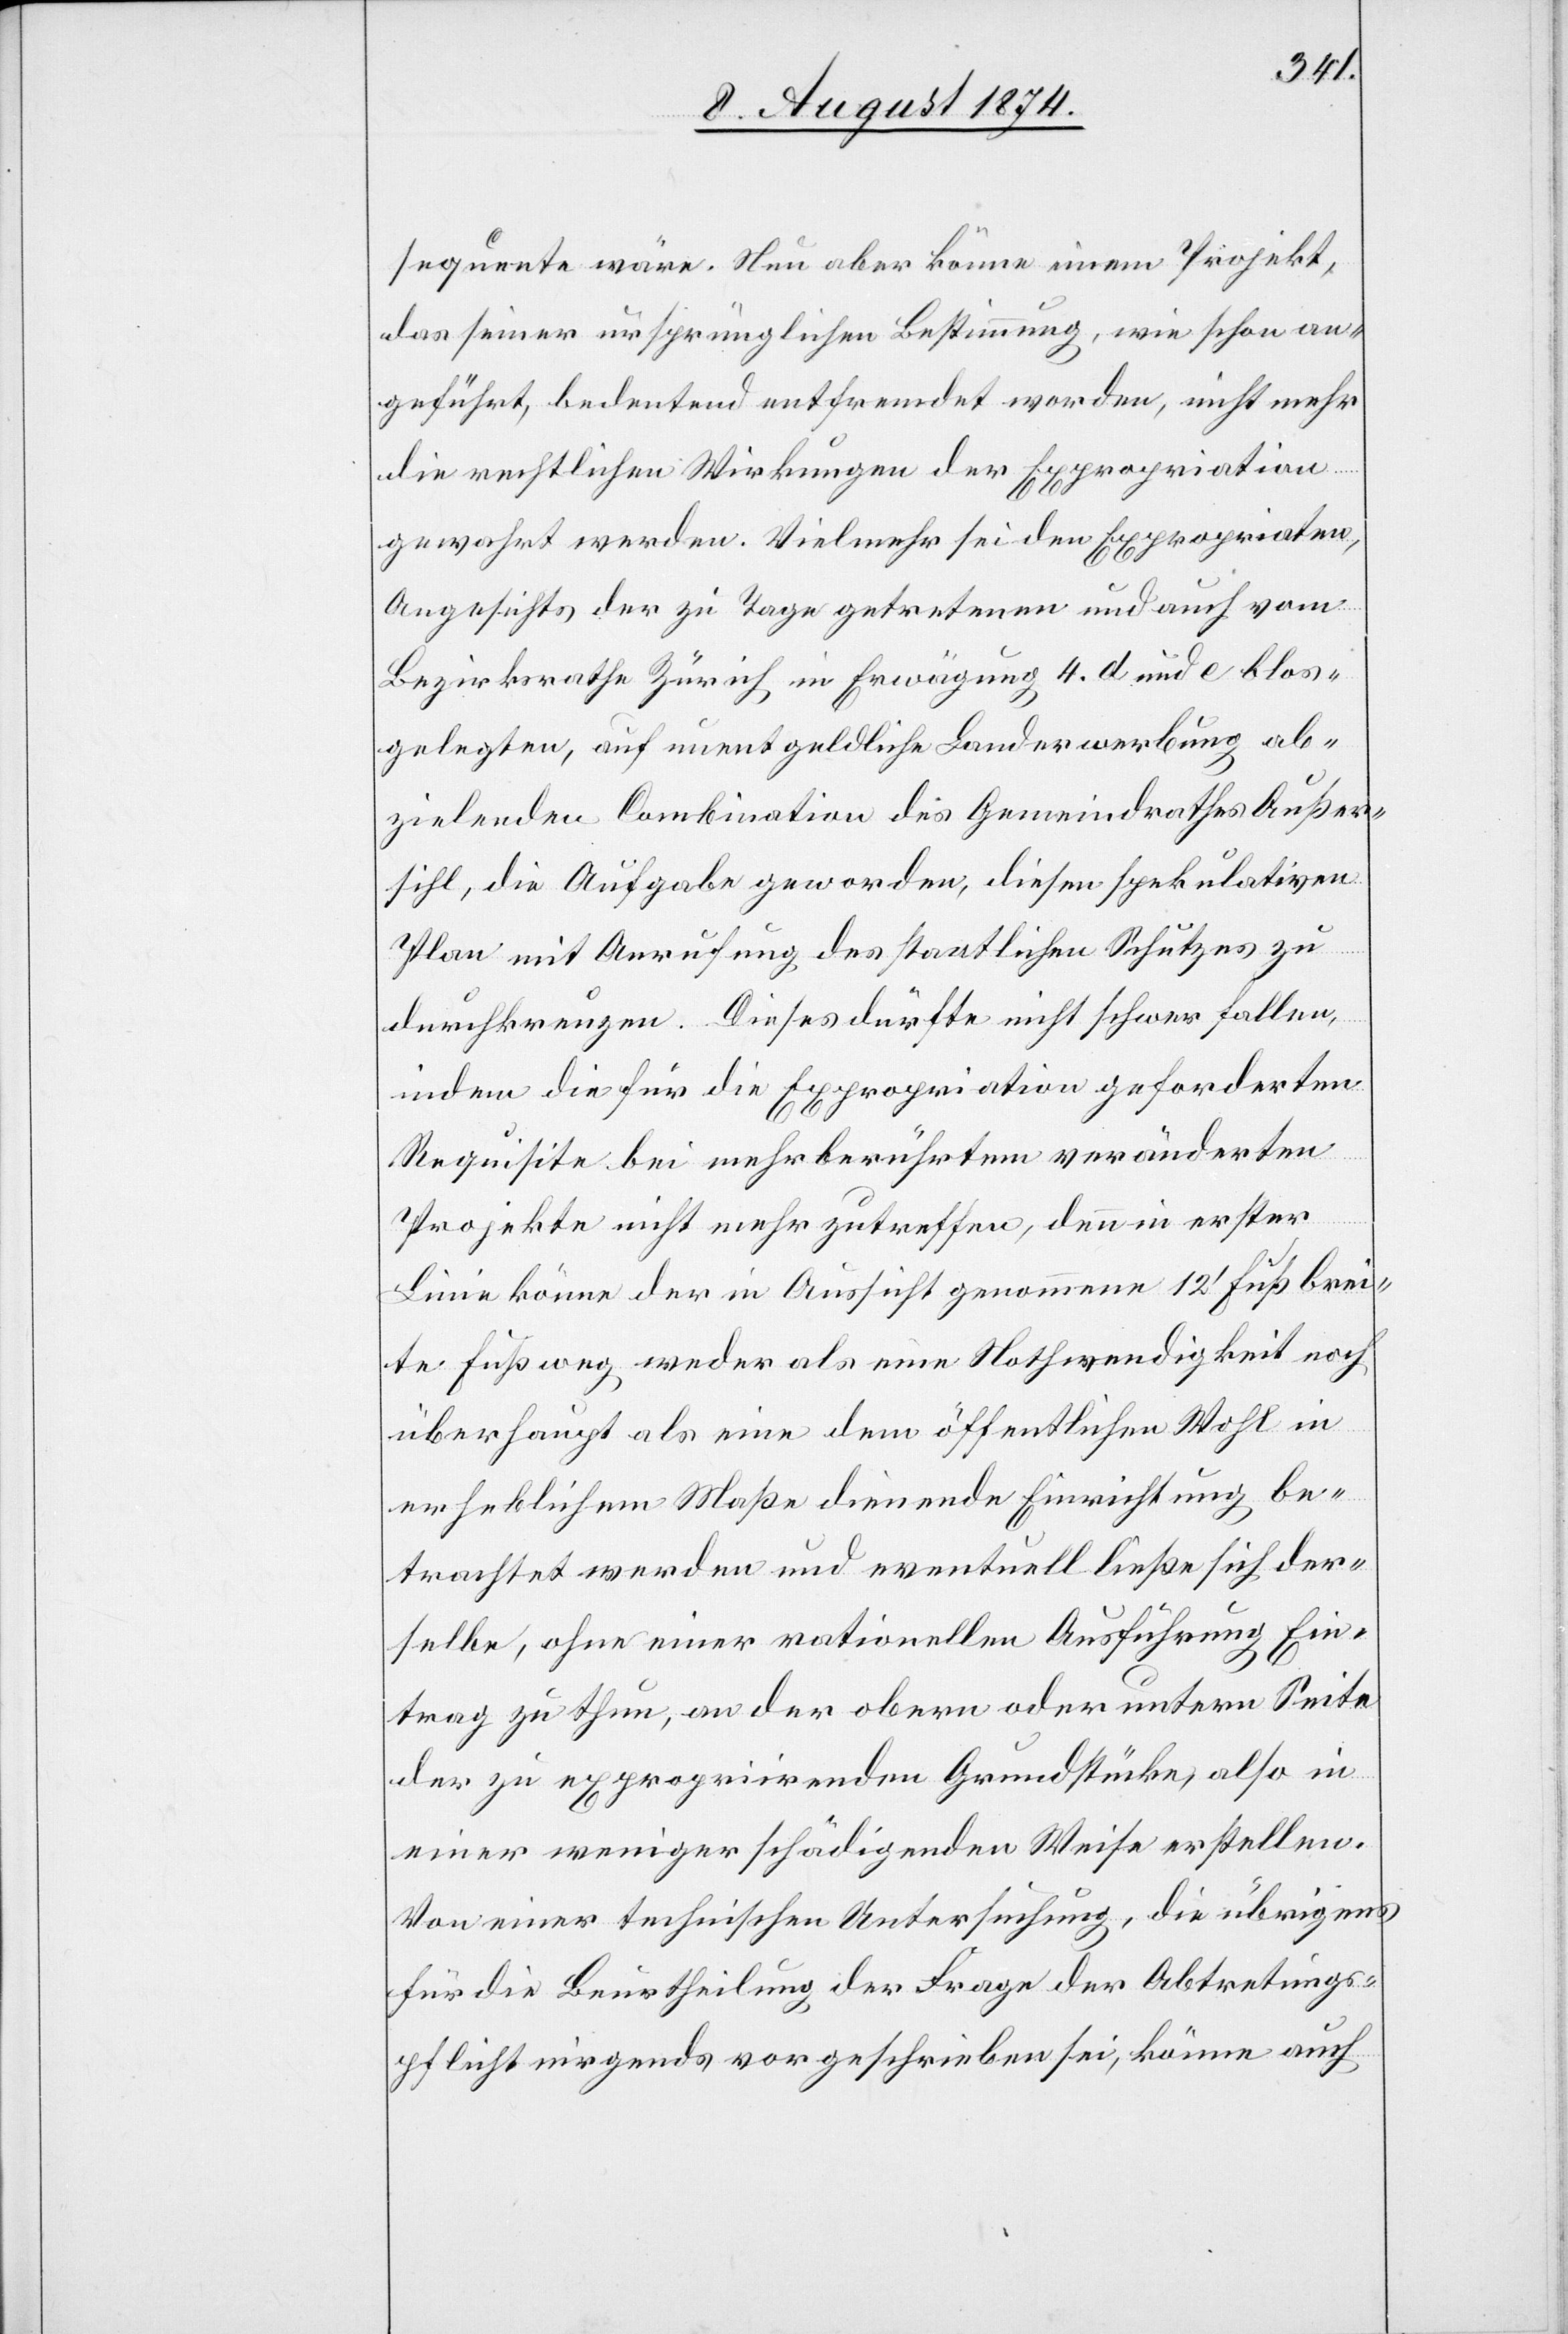
sequente wäre. Neu aber könne einem Projekt,
das seiner ursprünglichen Bestimmung, wie schon an¬
geführt, bedeutend entfremdet worden, nicht mehr
die rechtlichen Wirkungen der Expropriation
gewahrt werden. Vielmehr sei den Expropriaten,
angesichts der zu Tage getretenen und auch vom
Bezirksrath Zürich in Erwägung 4. d und e blos¬
gelegten, auf unentgeldliche Landerwerbung ab¬
zielenden Combination des Gemeindrathes Außer¬
sihl, die Aufgabe geworden, diesen spekulativen
brei¬
Plan mit Anrufung des staatlichen Schutzes zu
durchkreuzen. Dieses dürfte nicht schwer fallen,
indem die für die Expropriation geforderten
Requisite[n] bei mehrberührtem veränderten
c!]
Projekte nicht mehr zutreffen, denn in erster
Linie könne der in Aussicht genommene 12‘ Fuß [si¬
te Fußweg weder als eine Nothwendigkeit noch
überhaupt als eine dem öffentlichen Wohl in
erheblichem Maße dienende Einrichtung be¬
trachtet werden und eventuell ließe sich der¬
selbe, ohne einer rationellen Ausführung Ein¬
trag zu thun, an der obern oder untern Seite
der zu expropriirenden Grundstücke, also in
einer weniger schädigenden Weise erstellen.
Von einer technischen Untersuchung, die übrigens
für die Beurtheilung der Frage der Abtretungs¬
pflicht nirgends vorgeschrieben sei, könne auch